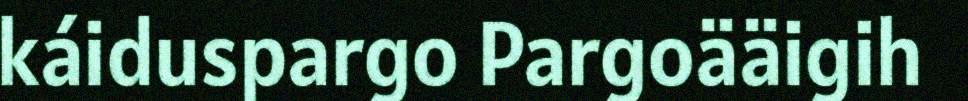
káiduspargo Pargoääigih